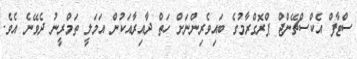
ސްޓާފް އެކްސްޗޭންޖް ޕްރޮގްރާމުގެ ބައިވެރިންނަށް ހަތް ދާއިރާއަކުން އަމަލީ ތަމްރީނު ދެވޭނެ އެވެ.